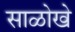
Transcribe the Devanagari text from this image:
साळोखे